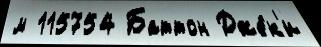
м 115754 Баттон Дже́к'и